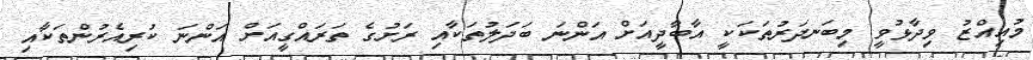
މުއިއްޒު ވިދާޅުވީ މިބަނދަރުތަކަކީ އާބާދީއަށް އަންނަ ބަދަލުތަކާއި ރަށުގެ ތަރައްގީއަށް އަންނަ ކުރިއެރުންތަކާއި